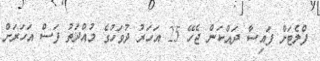
ފްލެޓަށް ފައިސާ ދައްކަން ޖެހޭ 25 އަހަރު ދުވަހުގެ މުއްދަތު ފަސް އަހަރަށް